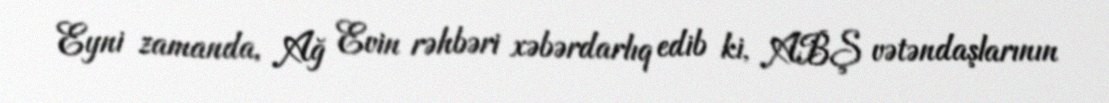
Eyni zamanda, Ağ Evin rəhbəri xəbərdarlıq edib ki, ABŞ vətəndaşlarının